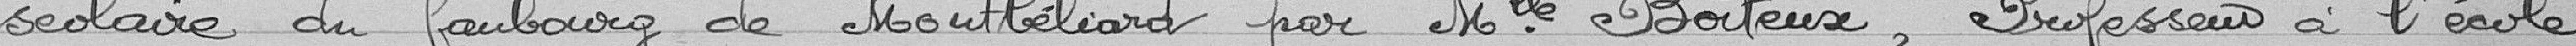
scolaire du faubourg de Montbéliard par Mademoiselle Boiteux, professeur à l'école